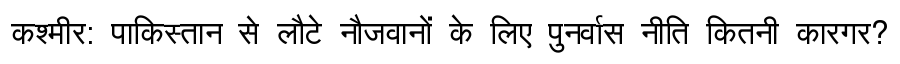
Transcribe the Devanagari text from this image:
कश्मीर: पाकिस्तान से लौटे नौजवानों के लिए पुनर्वास नीति कितनी कारगर?